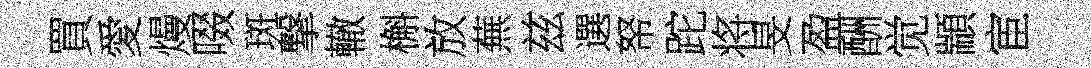
買愛熳啜斑撃轍槲放蕪兹選帑跎将旻盈酬觉顓宦